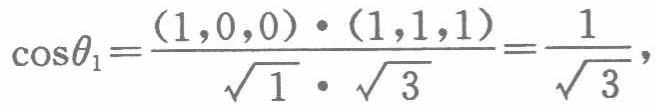
\(\cos\theta_{1}=\frac{(1,0,0)\cdot(1,1,1)}{\sqrt{1}\cdot\sqrt{3}}=\frac{1}{\sqrt{3}}\)